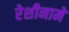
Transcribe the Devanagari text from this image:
रेशीनामे